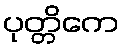
ပုတ္တိကေ